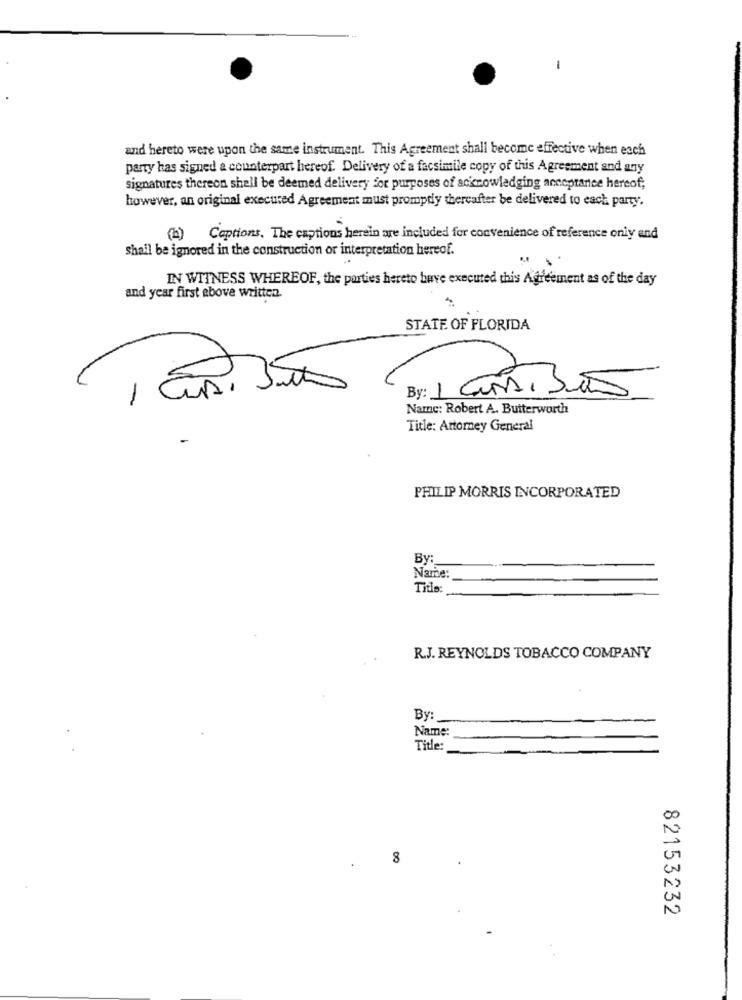
and hereto were upon the same instrument. This Agreement shall become effective when each
party has signed a counterpart hereof. Delivery of a facsimile copy of this Agreement and any
signatures thereon shell be deemed delivery for purposes of acknowledging acceptance hereof;
however, an original executed Agreement must promptly thereafter be delivered to each party.
(a) Captions, The captions herein are included for convenience of reference only and
shall be ignored in the construction or interpretation hereof.
IN WITNESS WHEREOF, the parties hereto have executed this Agreement as of the day
and year first above written.
STATE OF FLORIDA
By: 1 CURA, São
-
Namnc: Robert A. Butterworth
Title: Attorney General
PHILIP MORRIS INCORPORATED
By:
Name:
Title:
R.J. REYNOLDS TOBACCO COMPANY
By:
Name:
Title:
8
82153232